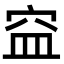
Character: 𥥊